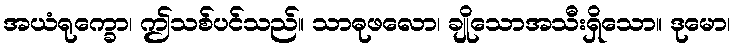
အယံရုက္ခော၊ ဤသစ်ပင်သည်။ သာဓုဖလော၊ ချိုသောအသီးရှိသော။ ဒုမော၊